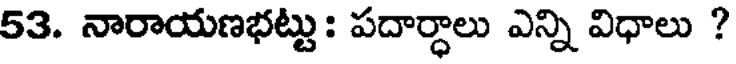
53. నారాయణభట్టు: పదార్ధాలు ఎన్ని విధాలు ?